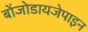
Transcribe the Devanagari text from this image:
बोंजोडायजेपाइन